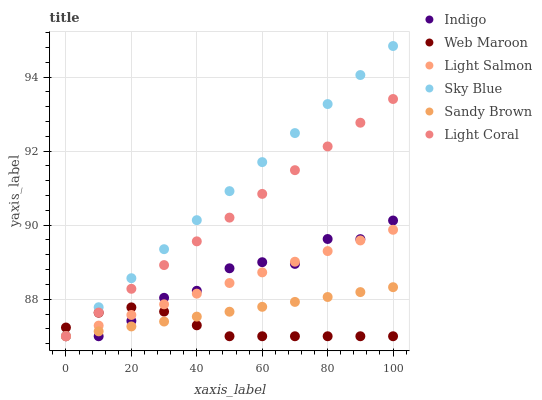
| xaxis_label | Indigo | Web Maroon | Light Salmon | Sky Blue | Sandy Brown | Light Coral |
 | --- | --- | --- | --- | --- | --- | --- |
 | 0 | 87 | 87.2 | 87 | 87 | 87 | 87 |
 | 10 | 87 | 87.6 | 87.3 | 87.8 | 87.1 | 87.6 |
 | 20 | 87.4 | 87.8 | 87.6 | 88.6 | 87.3 | 88.3 |
 | 30 | 88 | 87.7 | 87.9 | 89.4 | 87.4 | 88.9 |
 | 40 | 88.2 | 87.3 | 88.1 | 90.1 | 87.5 | 89.6 |
 | 50 | 88.8 | 87 | 88.4 | 90.9 | 87.7 | 90.2 |
 | 60 | 89 | 87 | 88.7 | 91.7 | 87.8 | 90.8 |
 | 70 | 89 | 87 | 89 | 92.5 | 87.9 | 91.5 |
 | 80 | 89.6 | 87 | 89.3 | 93.3 | 88.1 | 92.1 |
 | 90 | 89.6 | 87 | 89.6 | 94.1 | 88.2 | 92.8 |
 | 100 | 90.1 | 87 | 89.9 | 94.8 | 88.3 | 93.4 |